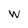
Character: w